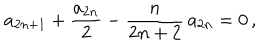
LaTeX: a _ { 2 n + 1 } + \frac { a _ { 2 n } } { 2 } - \frac { n } { 2 n + 2 } \, a _ { 2 n } = 0 \, ,